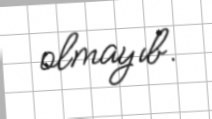
olmayıb.